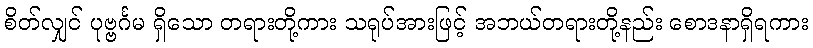
စိတ်လျှင် ပုဗ္ဗင်္ဂမ ရှိသော တရားတို့ကား သရုပ်အားဖြင့် အဘယ်တရားတို့နည်း စောဒနာရှိရကား